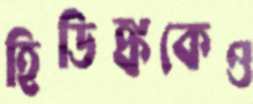
হিডিঙ্ককেও